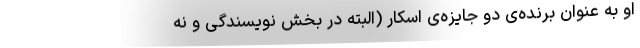
او به عنوان برنده‌ی دو جایزه‌ی اسکار‌ (البته در بخش نویسندگی و نه